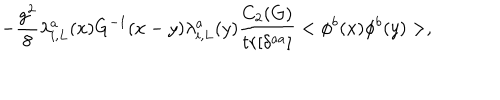
- \frac { g ^ { 2 } } { 8 } \lambda _ { i , L } ^ { a } ( x ) G ^ { - 1 } ( x - y ) \lambda _ { i , L } ^ { a } ( y ) \frac { C _ { 2 } ( G ) } { t r [ \delta ^ { a a } ] } < \phi ^ { b } ( x ) \phi ^ { b } ( y ) > ,